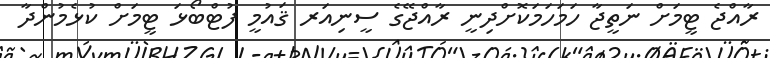
ރާއްޖެ ޓީމަށް ނަތީޖާ ހަމަހަމަކޮށްދިނީ ރާއްޖޭގެ ސީނިއަރ ޤައުމީ ފުޓްބޯޅަ ޓީމަށް ކުޅެމުންދާ